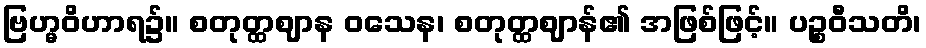
ဗြဟ္မဝိဟာရ၌။ စတုတ္ထဈာန ဝသေန၊ စတုတ္ထဈာန်၏ အဖြစ်ဖြင့်။ ပဉ္စဝီသတိ၊